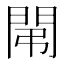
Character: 𨳤